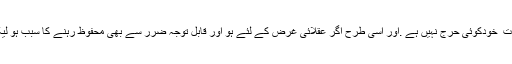
ج: عزل اور دوسرى اشياءکے ذريعہ ذاتى طور پر منع حمل کرنے ميں بذات ِ خودکوئى حرج نہيں ہے .اور اسی طرح اگر عقلائى غرض کے لئے ہو اور قابل توجہ ضرر سے بھى محفوظ رہنے کا سبب ہو ليکن شوہر کے لئے بيوى کو مذکورہ عمل پر مجبور کرنے کا حق نہيں ہے۔